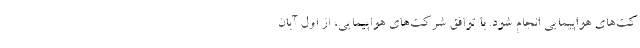
کت‌های هواپیمایی انجام شود. با توافق شرکت‌های هواپیمایی، از اول آبان